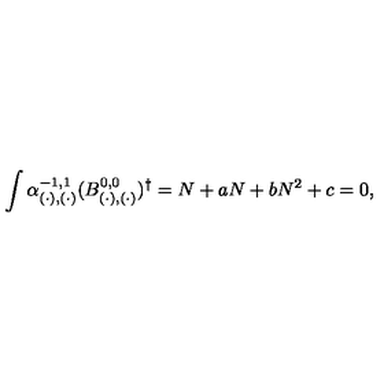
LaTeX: \int \alpha _ { ( \cdot ) , ( \cdot ) } ^ { - 1 , 1 } ( B _ { ( \cdot ) , ( \cdot ) } ^ { 0 , 0 } ) ^ { \dagger } = N + a N + b N ^ { 2 } + c = 0 ,